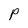
Character: P